Annual administration report of the Civil Veterinary Department, Ajmere-Merwara, British Rajputana - 1914-1940
Year: 1914
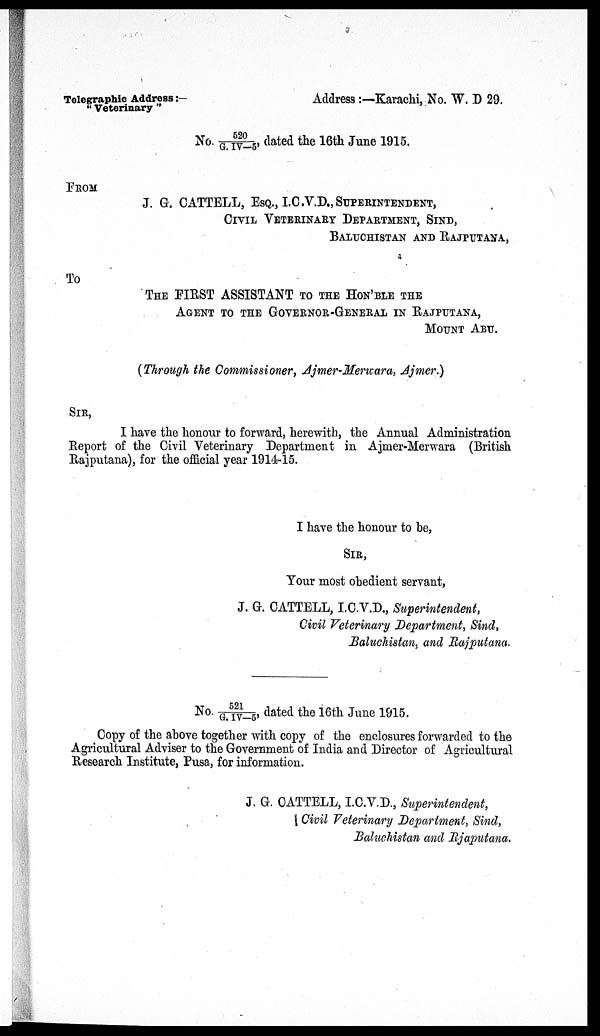
Telegraphic Address:—
"Veterinary"
Address:—Karachi, No. W. D 29.
No. 520/G. IV-5, dated the 16th June 1915.
FROM
J. G. CATTELL, ESQ., I.C.V.D., SUPERINTENDENT,
CIVIL VETERINARY DEPARTMENT, SINDH,
BALUCHISTAN AND RAJPUTANA,
To
THE FIRST ASSISTANT TO THE HON'BLE THE
AGENT TO THE GOVERNOR-GENERAL IN RAJPUTANA,
MOUNT ABU.
(Through the Commissioner, Ajmer-Merwara, Ajmer.)
SIR,
I have the honour to forward, herewith, the Annual Administration
Report of the Civil Veterinary Department in Ajmer-Merwara (British
Rajputana), for the official year 1914-15.
I have the honour to be,
SIR,
Your most obedient servant,
J. G. CATTELL, I.C.V.D., Superintendent,
Civil Veterinary Department, Sind,
Baluchistan, and Rajputana.
No. 521/G. IV.-5, dated the 16th June 1915.
Copy of the above together with copy of the enclosures forwarded to the
Agricultural Adviser to the Government of India and Director of Agricultural
Research Institute, Pusa, for information.
J. G. CATTELL, I.C.V.D., Superintendent,
Civil Veterinary Department, Sind,
Baluchistan and Rjaputana.